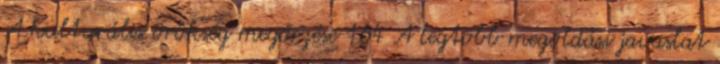
A kulturális örökség megőrzése 164 A legtöbb megoldási javaslat